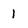
Character: 1